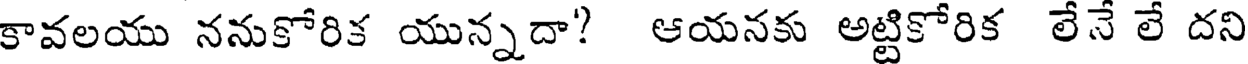
కావలయు ననుకోరిక యున్నదా? ఆయనకు అట్టికోరిక లేనే లే దని